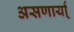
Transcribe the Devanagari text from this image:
असणार्या्